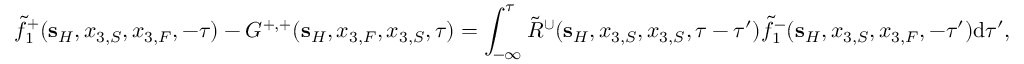
\tilde { f } _ { 1 } ^ { + } ( { \bf s } _ { H } , x _ { 3 , S } , x _ { 3 , F } , - \tau ) - G ^ { + , + } ( { \bf s } _ { H } , x _ { 3 , F } , x _ { 3 , S } , \tau ) = \int _ { - \infty } ^ { \tau } \tilde { R } ^ { \cup } ( { \bf s } _ { H } , x _ { 3 , S } , x _ { 3 , S } , \tau - \tau ^ { \prime } ) \tilde { f } _ { 1 } ^ { - } ( { \bf s } _ { H } , x _ { 3 , S } , x _ { 3 , F } , - \tau ^ { \prime } ) \mathrm { d } \tau ^ { \prime } ,